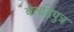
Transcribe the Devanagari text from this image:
बेलद्विपुत्र